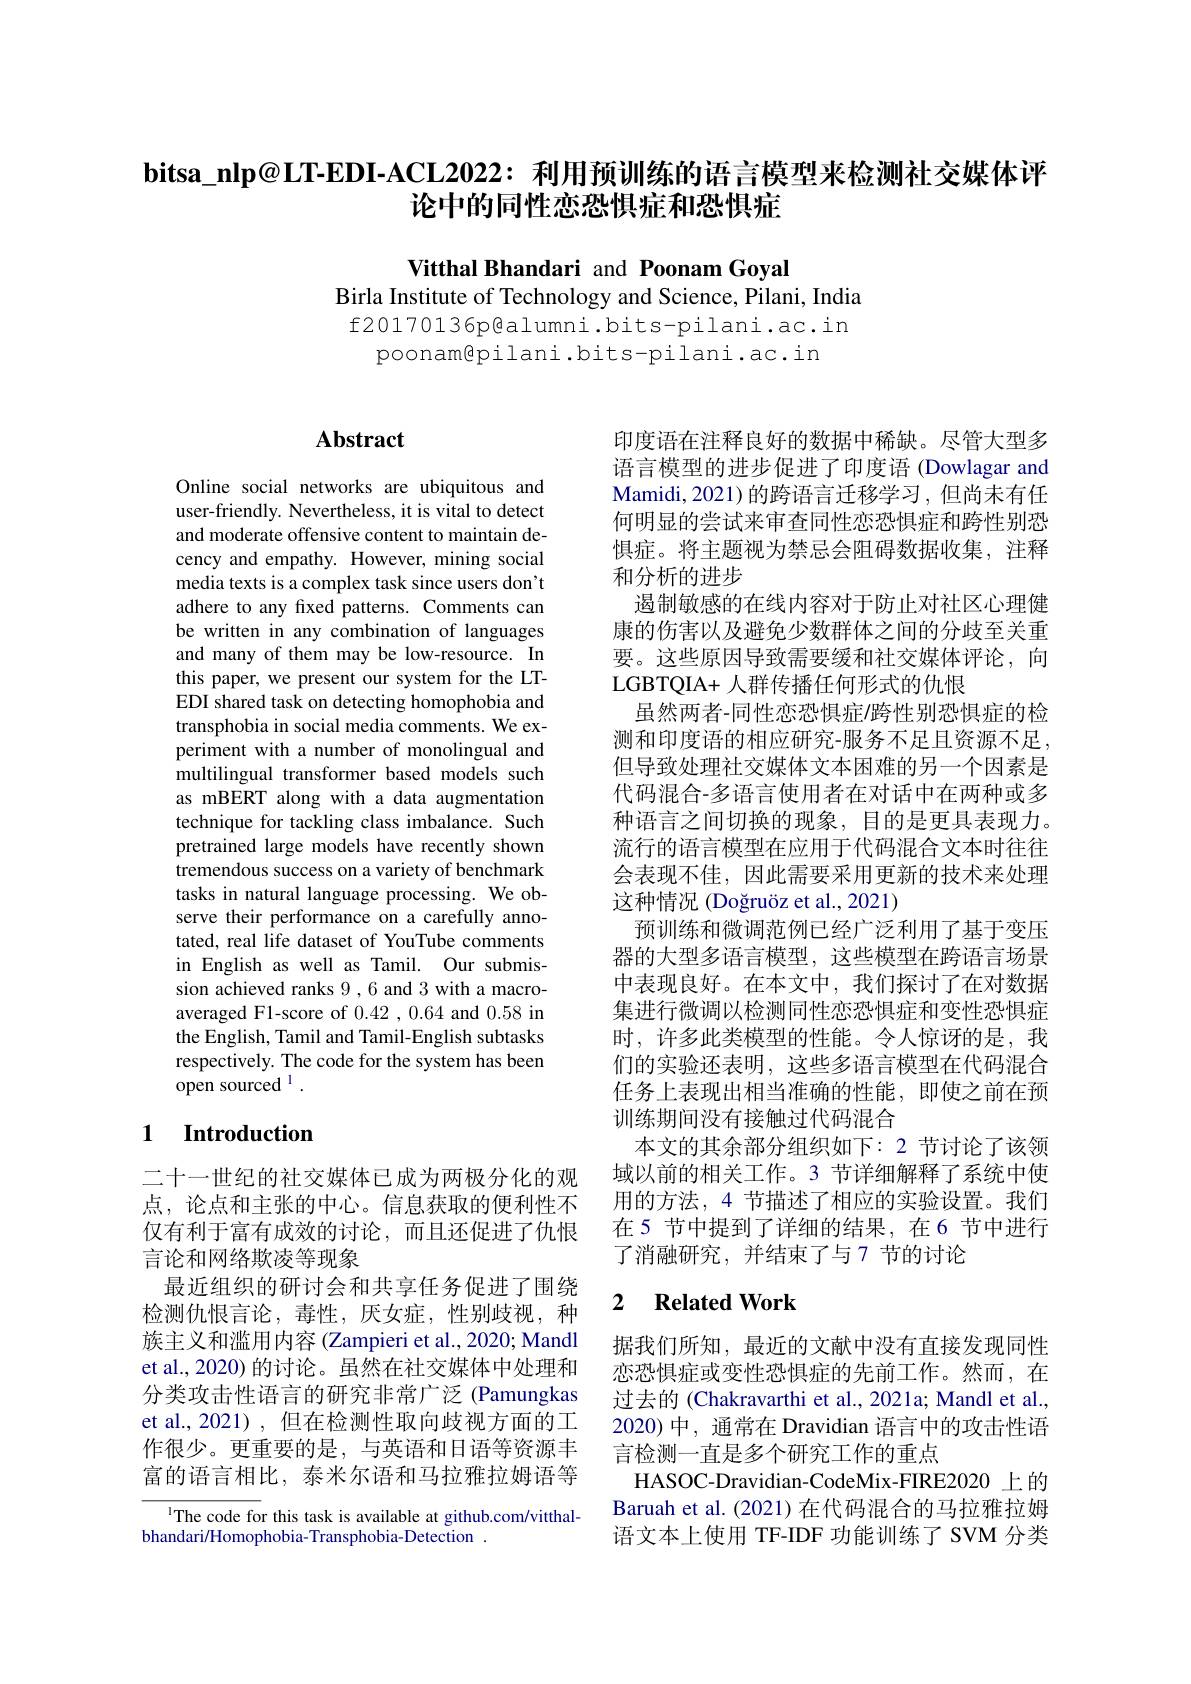
bitsa\_nlp@LT-EDI-ACL2022: 利用预训练的语言模型来检测社交媒体评
论中的同性恋恐惧症和恐惧症

Vitthal Bhandari and Poonam Goyal

Birla Institute of Technology and Science, Pilani, India f20170136p@ alumni. bits- pilani. ac. in
poonam@pilani.bits-pilani.ac.in

## $\mathbf{Abstract}$

Online social networks are ubiquitous and user-friendly. Nevertheless, it is vital to detect and moderate offensive content to maintain decency and empathy. However, mining social media texts is a complex task since users don't adhere to any fixed patterns. Comments can be written in any combination of languages and many of them may be low-resource. In this paper, we present our system for the LTEDI shared task on detecting homophobia and transphobia in social media comments. We experiment with a number of monolingual and multilingual transformer based models such as mBERT along with a data augmentation technique for tackling class imbalance. Such pretrained large models have recently shown tremendous success on a variety of benchmark tasks in natural language processing. We observe their performance on a carefully annotated, real life dataset of YouTube comments in English as well as Tamil. Our submission achieved ranks 9 , 6 and 3 with a macroaveraged F1-score of 0.42 ,0.64 and 0.58 in the English, Tamil and Tamil-English subtasks respectively. The code for the system has been open sourced 1 .

### 1 $\textbf{Introduction}$

二十一世纪的社交媒体已成为两极分化的观点，论点和主张的中心。信息获取的便利性不仅有利于富有成效的讨论，而且还促进了仇恨言论和网络欺凌等现象
最近组织的研讨会和共享任务促进了围绕检测仇恨言论，毒性，厌女症，性别歧视，种族主义和滥用内容 (Zampieri et al., 2020; Mandl et al., 2020) 的讨论。虽然在社交媒体中处理和分类攻击性语言的研究非常广泛 (Pamungkas et al.,2021),但在检测性取向歧视方面的工作很少。更重要的是，与英语和日语等资源丰富的语言相比，泰米尔语和马拉雅拉姆语等

$^{1}$The code for this task is available at github.com/vitthal-
bhandari/Homophobia-Transphobia-Detection .

印度语在注释良好的数据中稀缺。尽管大型多语言模型的进步促进了印度语 (Dowlagar and Mamidi, 2021)的跨语言迁移学习，但尚未有任何明显的尝试来审查同性恋恐惧症和跨性别恐惧症。将主题视为禁忌会阻碍数据收集，注释和分析的进步
遏制敏感的在线内容对于防止对社区心理健康的伤害以及避免少数群体之间的分歧至关重要。这些原因导致需要缓和社交媒体评论，向LGBTQIA+ 人群传播任何形式的仇恨
虽然两者-同性恋恐惧症/跨性别恐惧症的检测和印度语的相应研究-服务不足且资源不足， 但导致处理社交媒体文本困难的另一个因素是代码混合-多语言使用者在对话中在两种或多种语言之间切换的现象，目的是更具表现力。流行的语言模型在应用于代码混合文本时往往会表现不佳，因此需要采用更新的技术来处理这种情况 (Doğruöz et al., 2021)
预训练和微调范例已经广泛利用了基于变压器的大型多语言模型，这些模型在跨语言场景中表现良好。在本文中，我们探讨了在对数据集进行微调以检测同性恋恐惧症和变性恐惧症时，许多此类模型的性能。令人惊讶的是，我们的实验还表明，这些多语言模型在代码混合任务上表现出相当准确的性能，即使之前在预训练期间没有接触过代码混合
本文的其余部分组织如下：2 节讨论了该领域以前的相关工作。3 节详细解释了系统中使用的方法，4 节描述了相应的实验设置。我们在 5 节中提到了详细的结果，在6 节中进行了消融研究，并结束了与7 节的讨论

### 2 $\textbf{Related Work}$

据我们所知，最近的文献中没有直接发现同性恋恐惧症或变性恐惧症的先前工作。然而，在过去的 (Chakravarthi et al., 2021a; Mandl et al., 2020) 中，通常在 Dravidian 语言中的攻击性语言检测一直是多个研究工作的重点
HASOC-Dravidian-CodeMix-FIRE2020 上的Baruah et al. (2021) 在代码混合的马拉雅拉姆语文本上使用 TF-IDF 功能训练了 SVM 分类